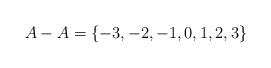
LaTeX: \begin{align*}A-A = \{-3,-2,-1,0,1,2,3\}\end{align*}